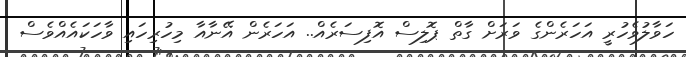
ހަވާލުވެހުރީ އަހަރެންގެ ވަރަށް ގާތް ޕޮލިސް އޮފިސަރެއް.. އަހަރެން އޭނާއާ މިހުރިހައި ވާހަކައެއްވެސް